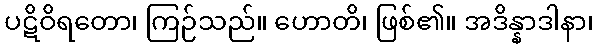
ပဋိဝိရတော၊ ကြဉ်သည်။ ဟောတိ၊ ဖြစ်၏။ အဒိန္နာဒါနာ၊